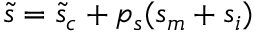
\tilde { s } = \tilde { s } _ { c } + p _ { s } ( s _ { m } + s _ { i } )